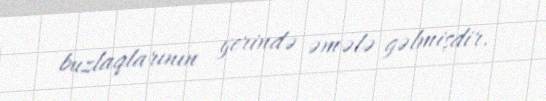
buzlaqlarının yerində əmələ gəlmişdir.